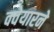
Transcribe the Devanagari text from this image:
क्वेयारने